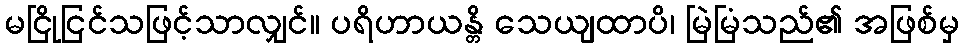
မငြိုငြင်သဖြင့်သာလျှင်။ ပရိဟာယန္တိ သေယျထာပိ၊ မြဲမြံသည်၏ အဖြစ်မှ